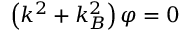
\left( k ^ { 2 } + k _ { B } ^ { 2 } \right) \varphi = 0